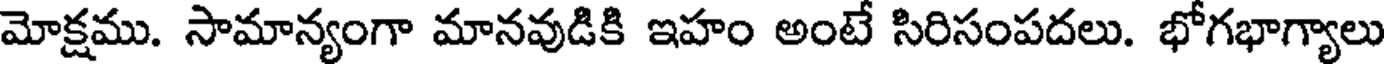
మోక్షము. సామాన్యంగా మానవుడికి ఇహం అంటే సిరిసంపదలు. భోగభాగ్యాలు